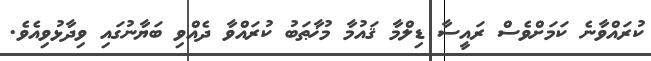
ކުރައްވާނެ ކަމަށްވެސް ރައީސާ ޑިލްމާ ޤައުމާ މުޚާޠަބު ކުރައްވާ ދެއްވި ބަޔާނުގައި ވިދާޅުވިއެވެ.